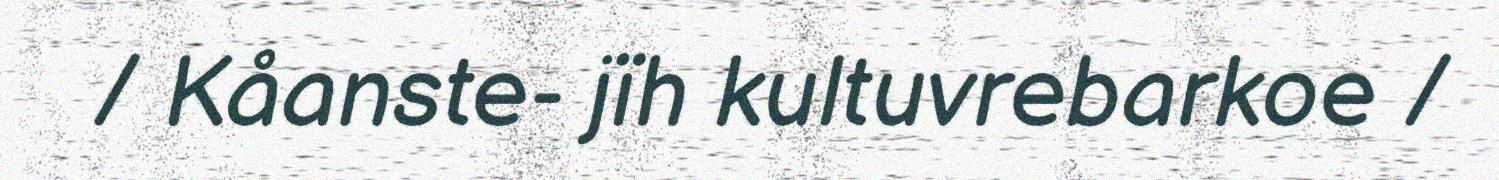
/ Kåanste- jïh kultuvrebarkoe /